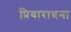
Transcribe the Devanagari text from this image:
प्रियाराधना